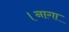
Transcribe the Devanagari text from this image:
।नागा